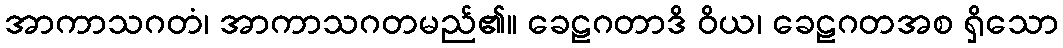
အာကာသဂတံ၊ အာကာသဂတမည်၏။ ခေဠဂတာဒိ ဝိယ၊ ခေဠဂတအစ ရှိသော